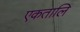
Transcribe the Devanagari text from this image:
एकतालि